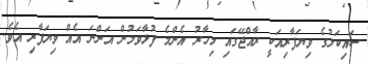
ސައިކަލުގެ ވިޔަފާރިއަކީ ރާއްޖޭގައި މިހާރު އެންމެ ފުޅާވަމުން އަންނަ އެއް ވިޔަފާރި އެވެ.